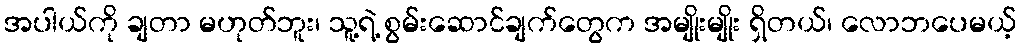
အပါယ်ကို ချတာ မဟုတ်ဘူး၊ သူ့ရဲ့ စွမ်းဆောင်ချက်တွေက အမျိုးမျိုး ရှိတယ်၊ လောဘပေမယ့်